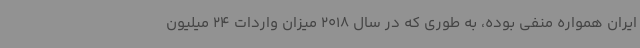
ایران همواره منفی بوده، به طوری که در سال 2018 میزان واردات 24 میلیون